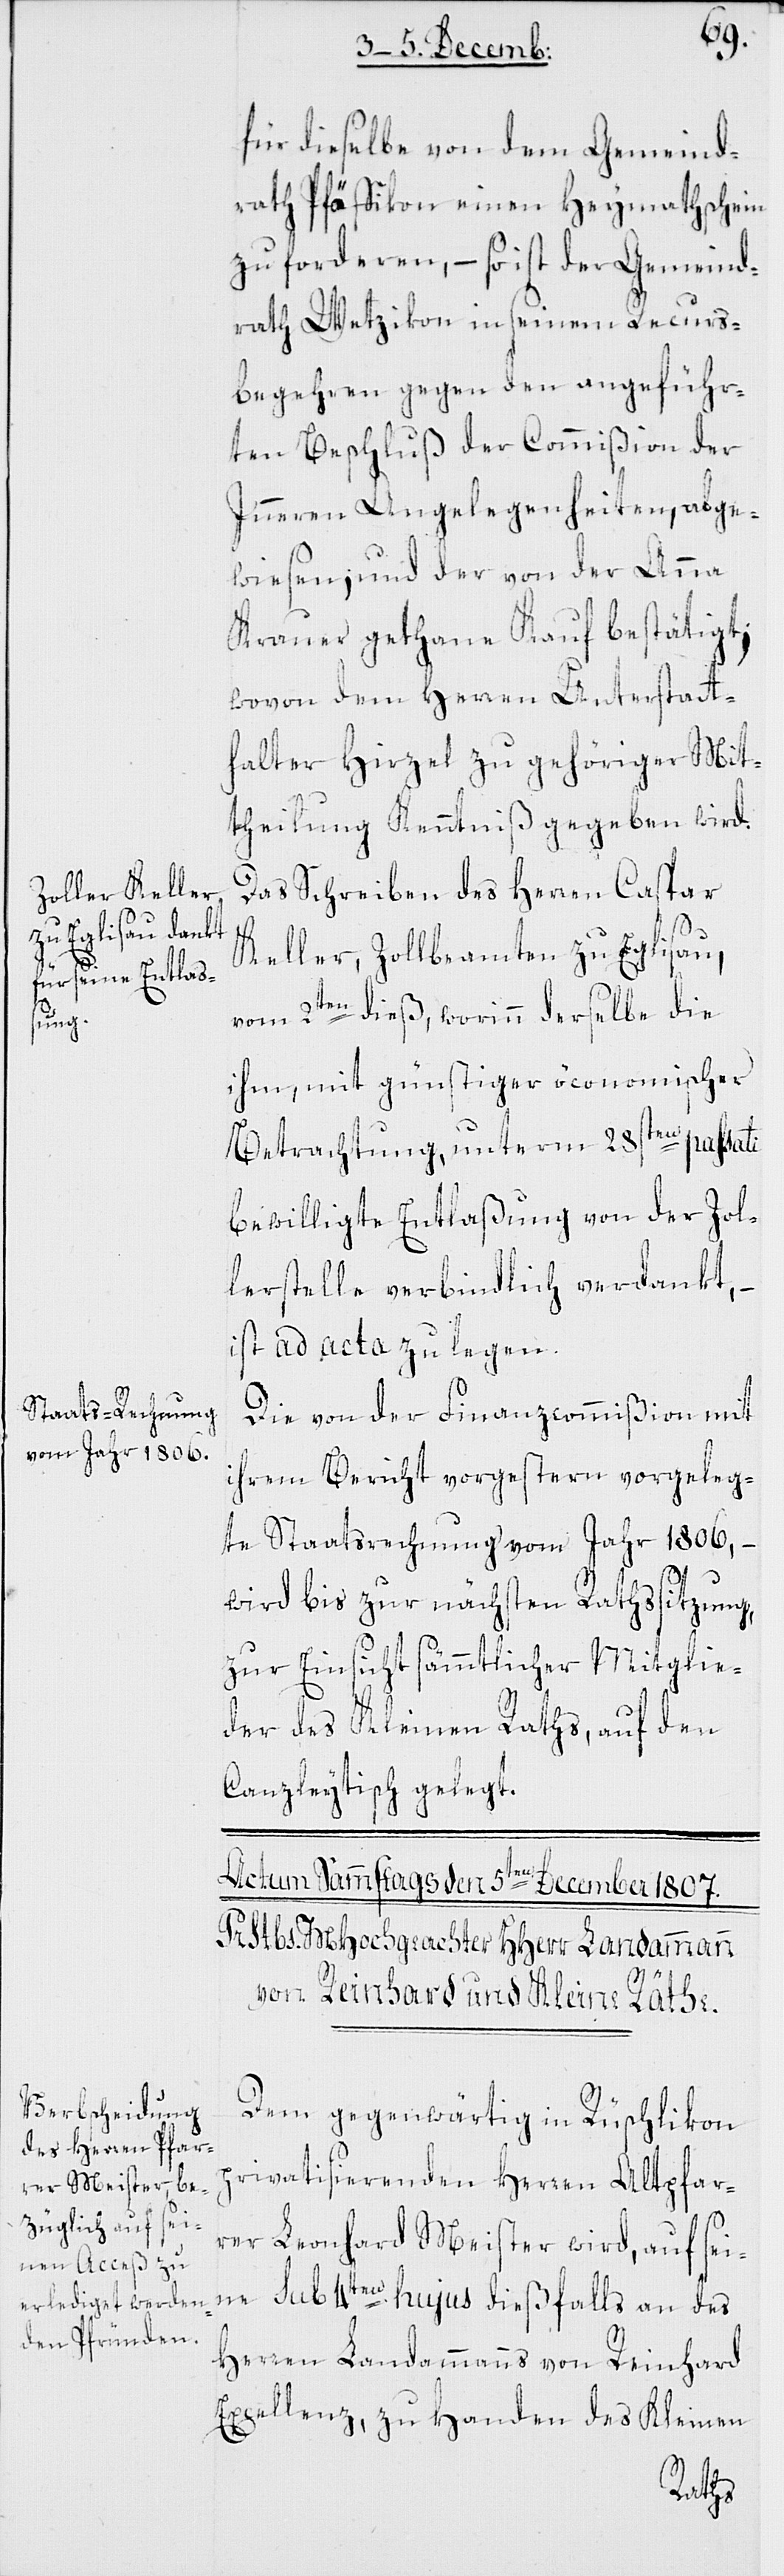
für dieselbe von dem Gemeind¬
rath Pfäffikon einen Heymathschein
zu forderen, – so ist der Gemeind¬
rath Wetzikon in seinem Recurs¬
begehren gegen den angeführ¬
ten Beschluß der Commißion der
Inneren Angelegenheiten, abge¬
wiesen, und der von der Anna
Krauer gethane Kauf bestätigt,
wovon dem Herren Unterstatt¬
halter Hirzel zu gehöriger Mit¬
theilung Kenntniß gegeben wird.
Das Schreiben des Herren Caspar
Keller, Zollbeamten zu Eglisau,
vom 2ten dieß, worinn derselbe die
ihm, mit günstiger öconomischer
Betrachtung, unterm 28sten passati
bewilligte Entlaßung von der Zol¬
lerstelle verbindlich verdankt,
ist ad acta zu legen.
Die von der Finanzcommißion mit
ihrem Bericht vorgestern vorgeleg¬
te Staatsrechnung vom Jahr 1806, –
wird bis zur nächsten Rathssitzung,
zur Einsicht sämmtlicher Mitglie¬
der des Kleinen Raths, auf den
Canzleytisch gelegt.
Dem gegenwärtig in Rüschlikon
privatisierenden Herren Altpfar¬
rer Leonhard Meister wird, auf sei¬
ne sub 4ten hujus dießfalls an des
Herren Landammanns von Rheinhard
Excellenz, zu Handen des Kleinen